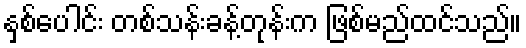
နှစ်ပေါင်း တစ်သန်းခန့်တုန်းက ဖြစ်မည်ထင်သည်။